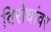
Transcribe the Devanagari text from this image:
विरोधांवर